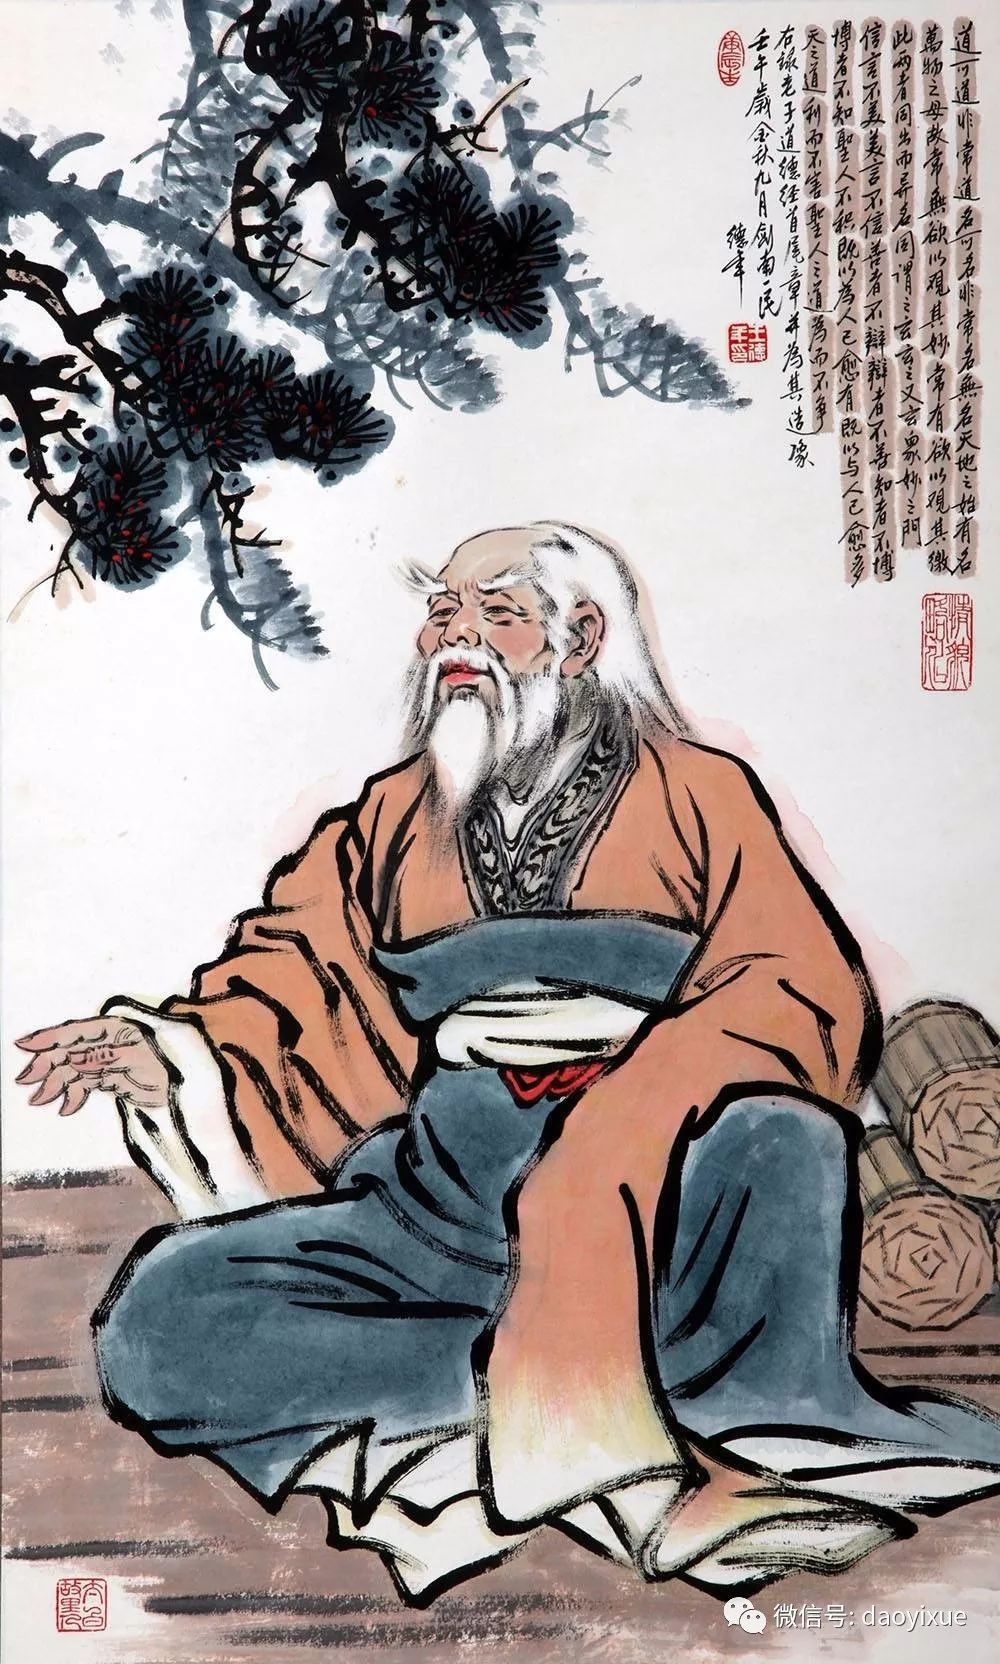
无分者，人之大害也有分者，天下之本利也。